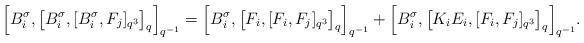
LaTeX: \begin{align*} \Big[B_i^\sigma,\big[B_i^\sigma, [B_i^\sigma,F_j]_{q^3} \big]_q \Big]_{q^{-1}}=\Big[B_i^\sigma,\big[F_i , [F_i ,F_j]_{q^3} \big]_q \Big]_{q^{-1}}+ \Big[B_i^\sigma,\big[K_i E_i, [F_i ,F_j]_{q^3} \big]_q \Big]_{q^{-1}}.\end{align*}